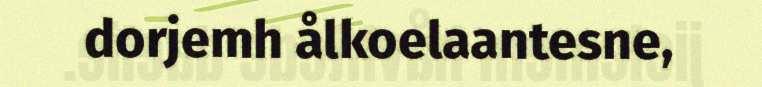
dorjemh ålkoelaantesne,